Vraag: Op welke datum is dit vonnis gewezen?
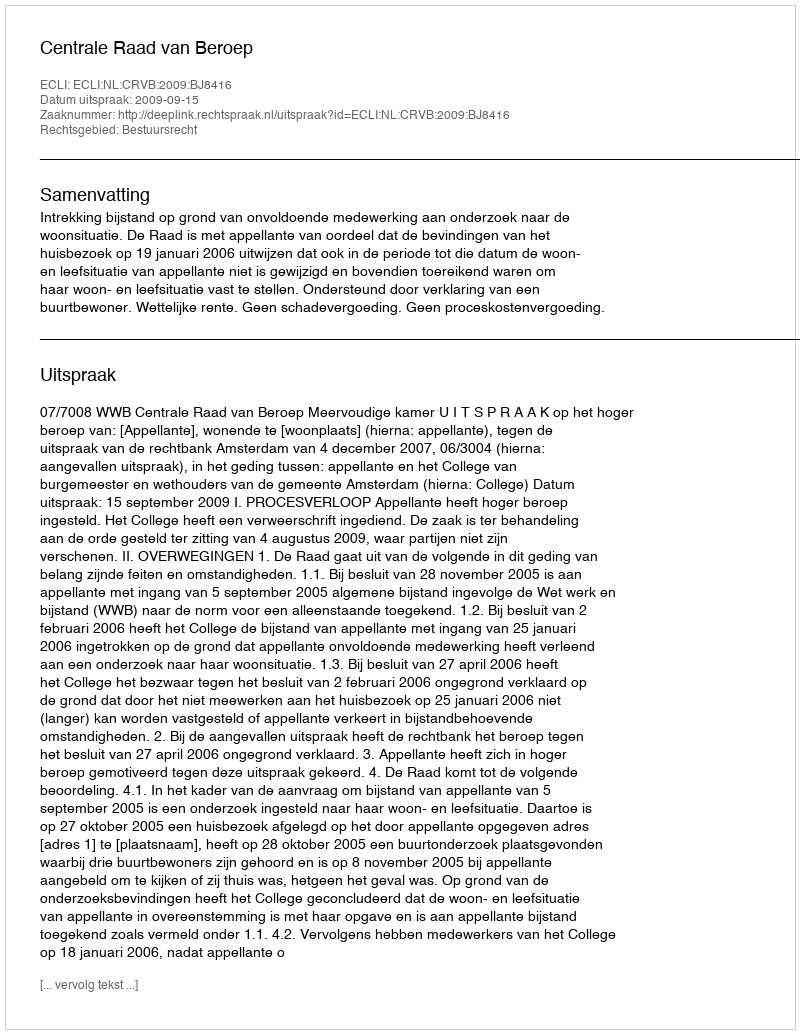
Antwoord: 2009-09-15